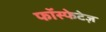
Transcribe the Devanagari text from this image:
फॉस्फेटेज़